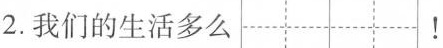
2.我们的生活多么 ！